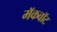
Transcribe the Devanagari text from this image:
मॅकवॉट